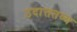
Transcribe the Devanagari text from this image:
उदात्ततव्य